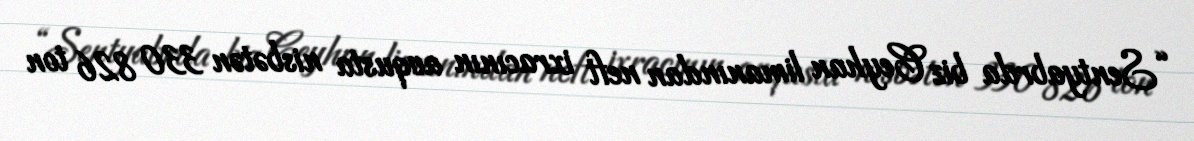
“Sentyabrda biz Ceyhan limanından neft ixracının avqusta nisbətən 330 826 ton